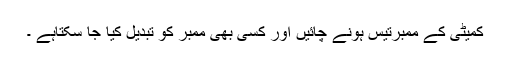
کمیٹی کے ممبرتیس ہونے چائیں اور کسی بھی ممبر کو تبدیل کیا جا سکتاہے ۔